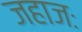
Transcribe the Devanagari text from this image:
जहाजः